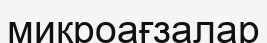
микроағзалар